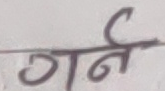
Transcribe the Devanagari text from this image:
गर्ने